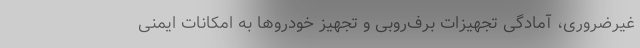
غیرضروری، آمادگی تجهیزات برف‌روبی و تجهیز خودروها به امکانات ایمنی